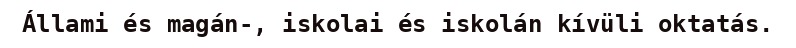
Állami és magán-, iskolai és iskolán kívüli oktatás.